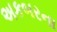
અકબરના